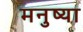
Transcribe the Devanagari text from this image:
मनुष्या